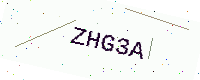
Text: ZHG3A